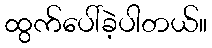
ထွက်ပေါ်ခဲ့ပါတယ်။